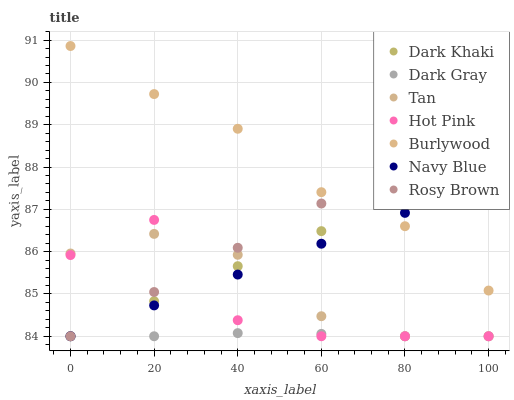
| xaxis_label | Dark Khaki | Dark Gray | Tan | Hot Pink | Burlywood | Navy Blue | Rosy Brown |
 | --- | --- | --- | --- | --- | --- | --- | --- |
 | 0 | 84 | 84 | 86 | 85.9 | 90.9 | 84 | 84 |
 | 20 | 84.8 | 84 | 86.4 | 86.7 | 89.7 | 84.7 | 85 |
 | 40 | 85.7 | 84.1 | 85.9 | 84.4 | 88.9 | 85.5 | 86.1 |
 | 60 | 86.5 | 84.1 | 84.5 | 84 | 87.4 | 86.2 | 87.1 |
 | 80 | 87.3 | 84 | 84 | 84 | 86.6 | 86.9 | 88.2 |
 | 100 | 88.1 | 84 | 84 | 84 | 85.1 | 87.6 | 89.2 |